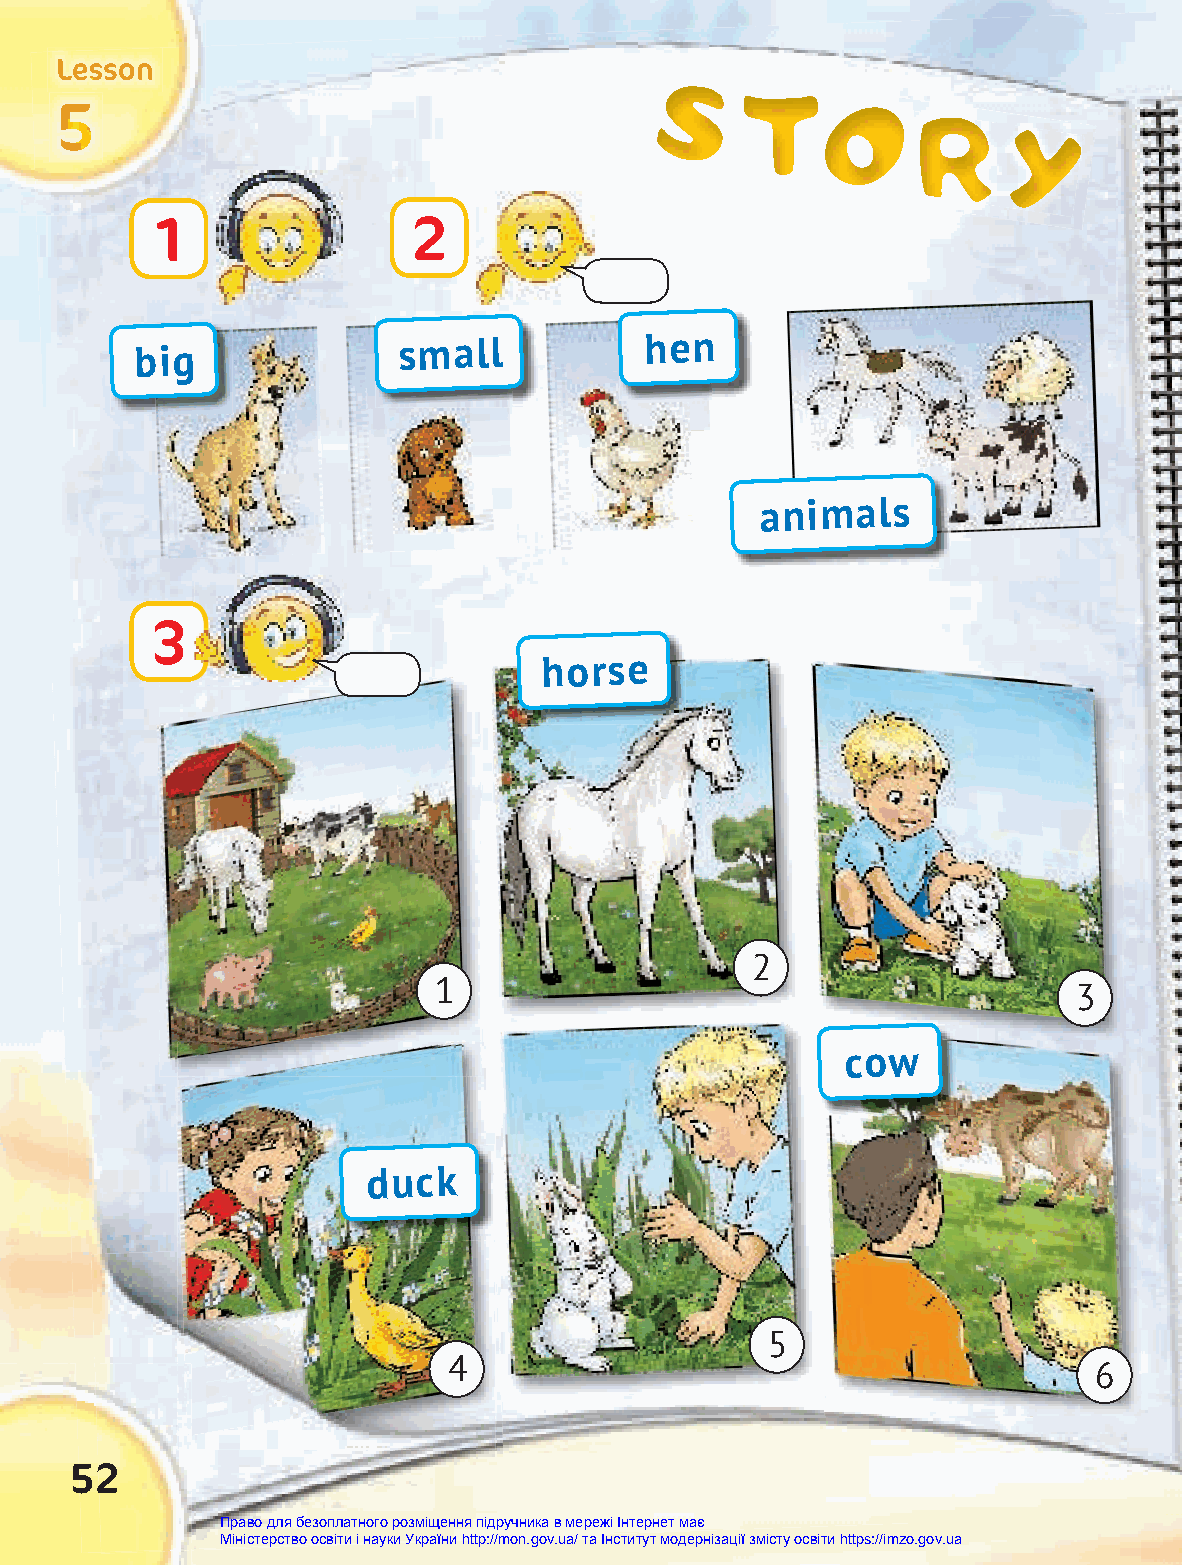
LLLeeessssssooonnn                     SSS
 TTT
 OOO
 555                                                     RRR
 YYY
 1                2
 big
 small            hen
 animals
 3
 horse
 2
 1
 3
 cow
 duck
 5
 4                                         6
 52
 Право для безоплатного розміщення підручника в мережі Інтернет має
 Міністерство освіти і науки України http://mon.gov.ua/ та Інститут модернізації змісту освіти https://imzo.gov.ua